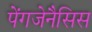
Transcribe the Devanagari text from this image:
पेंगजेनैसिस